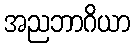
အညဘာဂိယာ